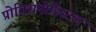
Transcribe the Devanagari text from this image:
प्रोक्सिमोडिस्टल